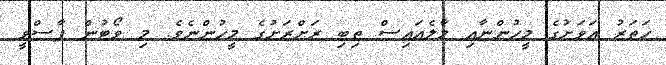
ހަތަރު އަވަށުގެ މީހުންނާއި މާލެއައިސް ތިބި ރަށްރަށުގެ މީހުންނެވެ. މި ވޯޓުން ފާސްވީ